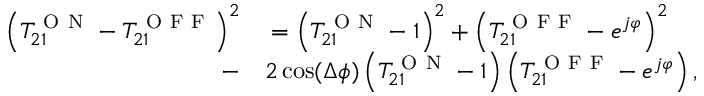
\begin{array} { r l } { \left( T _ { 2 1 } ^ { \mathrm { ~ O ~ N ~ } } - T _ { 2 1 } ^ { \mathrm { ~ O ~ F ~ F ~ } } \right) ^ { 2 } } & { { } = \left( T _ { 2 1 } ^ { \mathrm { ~ O ~ N ~ } } - 1 \right) ^ { 2 } + \left( T _ { 2 1 } ^ { \mathrm { ~ O ~ F ~ F ~ } } - e ^ { j \varphi } \right) ^ { 2 } } \\ { - } & { { } 2 \cos ( \Delta \phi ) \left( T _ { 2 1 } ^ { \mathrm { ~ O ~ N ~ } } - 1 \right) \left( T _ { 2 1 } ^ { \mathrm { ~ O ~ F ~ F ~ } } - e ^ { j \varphi } \right) , } \end{array}